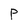
Character: P